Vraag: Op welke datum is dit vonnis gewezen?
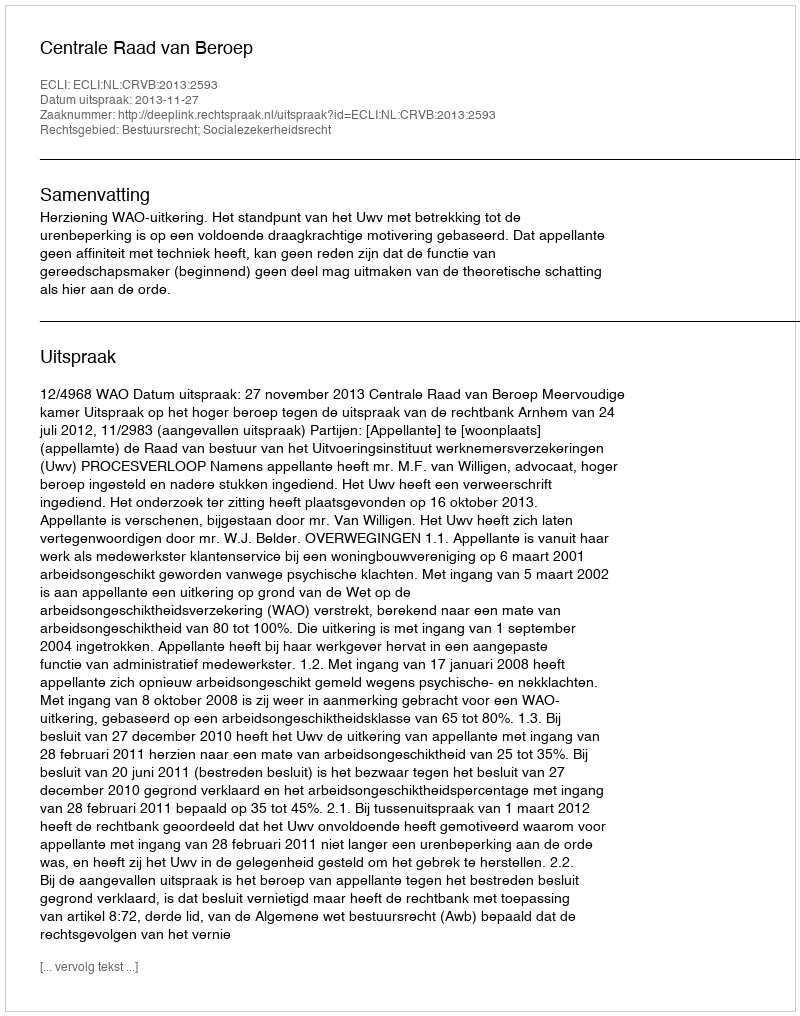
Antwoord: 2013-11-27